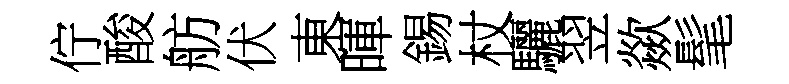
佇酸舫伏東暉錫杖驪翌歘髦